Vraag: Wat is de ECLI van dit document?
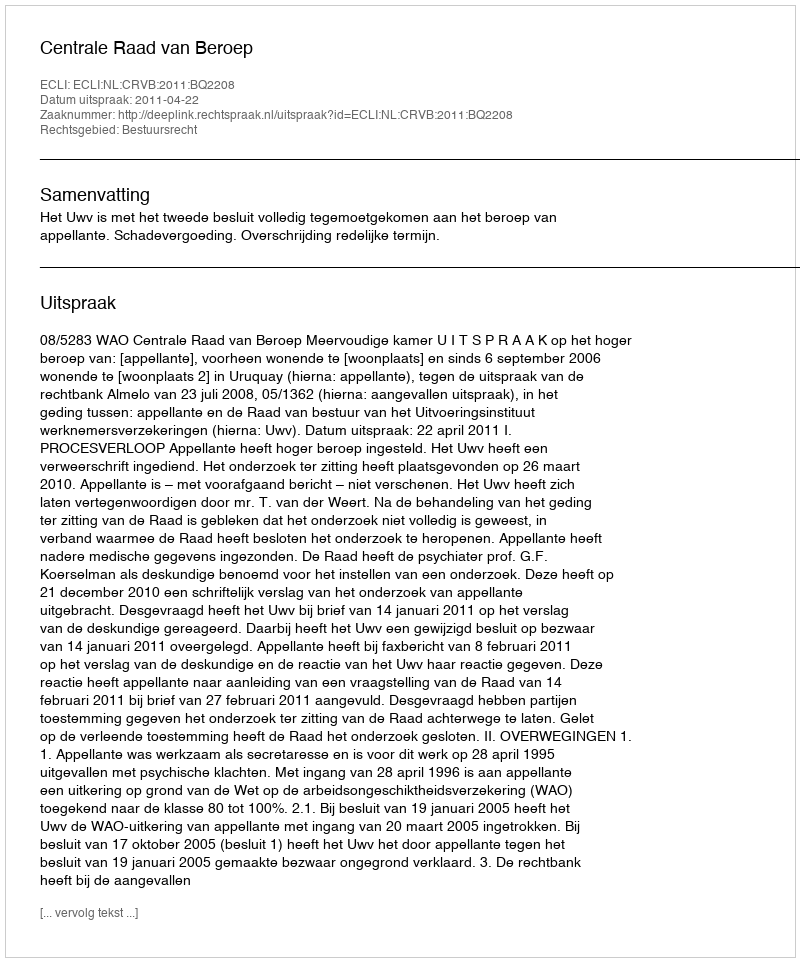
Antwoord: ECLI:NL:CRVB:2011:BQ2208